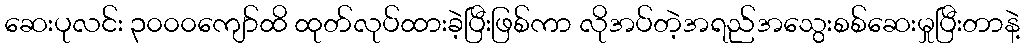
ဆေးပုလင်း ၃၀၀၀ကျော်ထိ ထုတ်လုပ်ထားခဲ့ပြီးဖြစ်ကာ လိုအပ်တဲ့အရည်အသွေးစစ်ဆေးမှုပြီးတာနဲ့